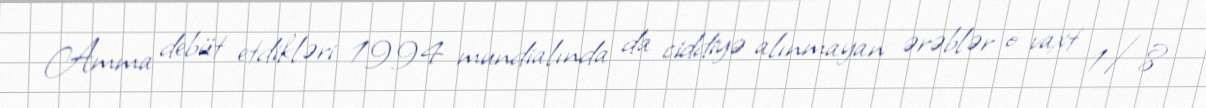
Amma debüt etdikləri 1994 mundialında da ciddiyə alınmayan ərəblər o vaxt 1/8